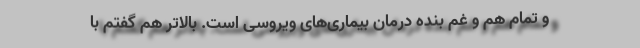
و تمام هم و غم بنده درمان بیماری‌های ویروسی است. بالاتر هم گفتم با